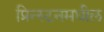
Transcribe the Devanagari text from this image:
प्रिन्स्टनमधील